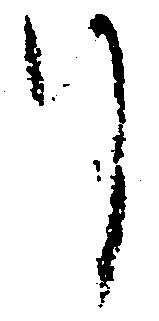
月